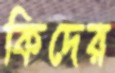
কিদের